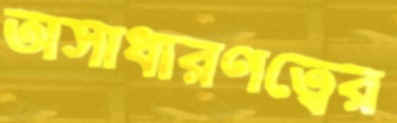
অসাধারণত্বের